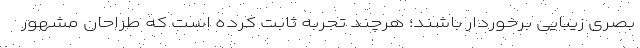
بصری زیبایی برخوردار باشند؛ هرچند تجربه ثابت کرده است که طراحان مشهور